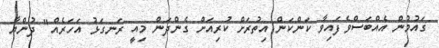
ގައުމުން އެއްބަސްވެފައިވާ ކަންކަން އިތުރަށް ކުރިއަށް ގެންދަން މިއީ ރަނގަޅު އަހަރެއް" ދުންޔާ